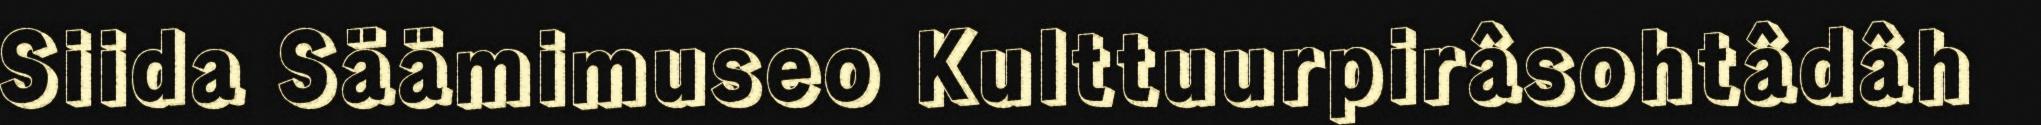
Siida Säämimuseo Kulttuurpirâsohtâdâh